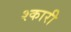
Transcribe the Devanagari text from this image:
श्कारी